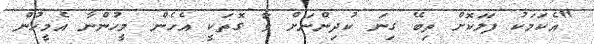
"އެކަމަކު ފަލަކޮށް ތިބޭ ގިނަ ކުދިންނަށް ވާ ގޮތަކީ އެހެން މީހުންނާ އެމީހުން